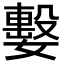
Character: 𡢖